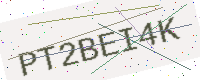
Text: PT2BEI4K